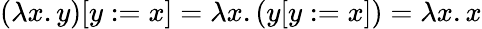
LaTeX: (\lambda x.y)[y:=x]=\lambda x.(y[y:=x])=\lambda x.x